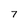
Character: 7